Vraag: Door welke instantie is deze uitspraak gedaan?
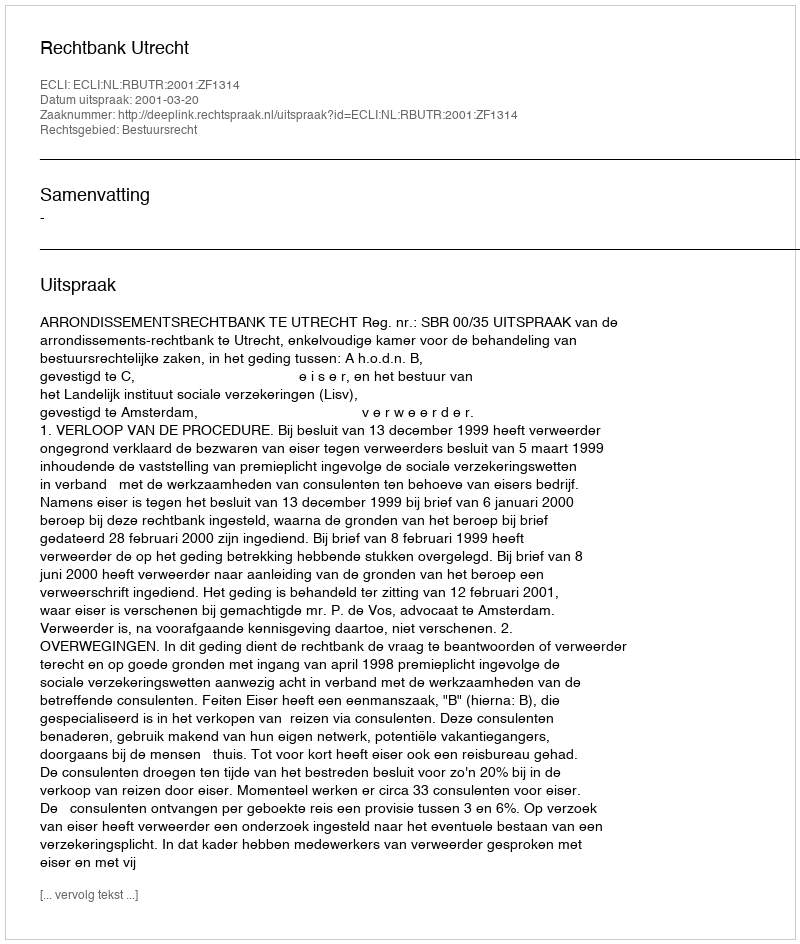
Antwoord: Rechtbank Utrecht